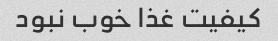
کیفیت غذا خوب نبود